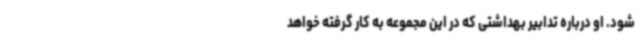
شود. او درباره تدابیر بهداشتی که در این مجموعه به کار گرفته خواهد